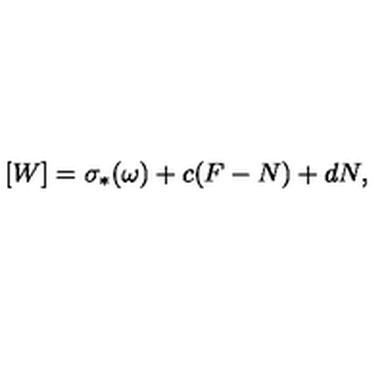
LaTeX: [ W ] = \sigma _ { * } ( \omega ) + c ( F - N ) + d N ,